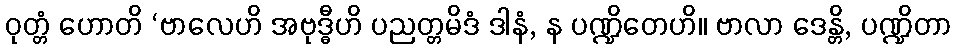
ဝုတ္တံ ဟောတိ ‘ဗာလေဟိ အဗုဒ္ဓီဟိ ပညတ္တမိဒံ ဒါနံ, န ပဏ္ဍိတေဟိ။ ဗာလာ ဒေန္တိ, ပဏ္ဍိတာ